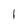
Character: 1